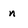
Character: n